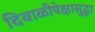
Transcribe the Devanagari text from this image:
दिवाळीपेक्षासुद्धा